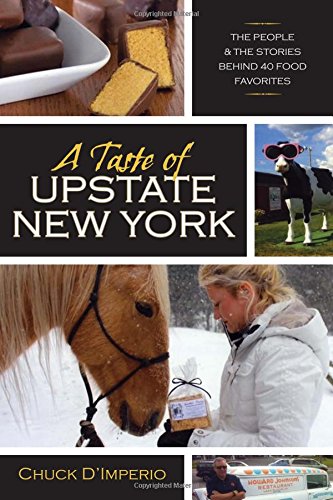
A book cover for A Taste of Upstate New York: The People and the Stories Behind 40 Food Favorites (New York State Series); Chuck D'imperio; Travel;